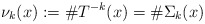
\begin{align*} \nu_k(x) := \# T^{-k}(x) = \# \Sigma_k(x)\end{align*}